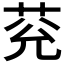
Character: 𦮀